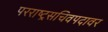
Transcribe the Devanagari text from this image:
परराष्ट्रसचिवपदावर